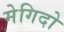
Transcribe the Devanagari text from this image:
मेगिदो